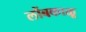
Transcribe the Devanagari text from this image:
लोंबकाळू